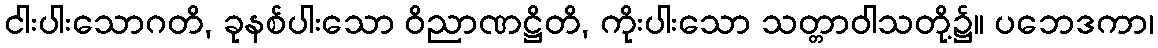
ငါးပါးသောဂတိ, ခုနစ်ပါးသော ဝိညာဏဋ္ဌိတိ, ကိုးပါးသော သတ္တာဝါသတို့၌။ ပဘေဒကာ၊